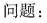
问题：